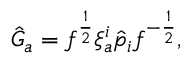
\hat { G } _ { a } = f ^ { \frac { 1 } { 2 } } \xi _ { a } ^ { i } \hat { p } _ { i } f ^ { - { \frac { 1 } { 2 } } } ,